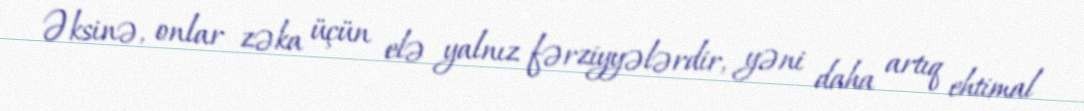
Əksinə, onlar zəka üçün elə yalnız fərziyyələrdir, yəni daha artıq ehtimal